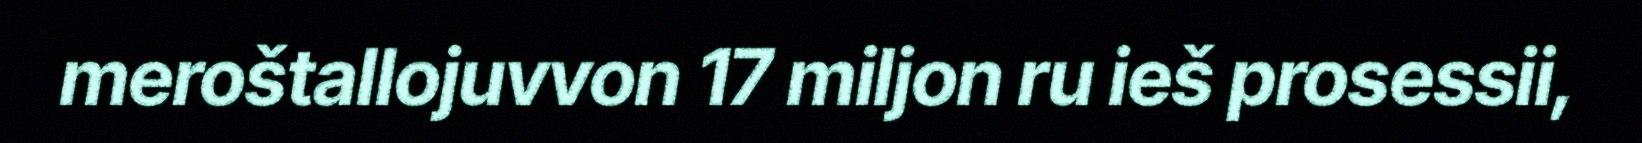
meroštallojuvvon 17 miljon ru ieš prosessii,